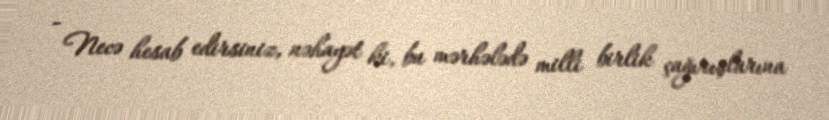
- Necə hesab edirsiniz, nəhayət ki, bu mərhələdə milli birlik çağırışlarına